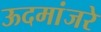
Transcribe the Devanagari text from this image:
ऊदमांजरे